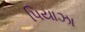
પિયાઝા